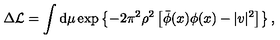
\Delta { \cal L } = \int \mathrm { d } \mu \exp \left\{ - 2 \pi ^ { 2 } \rho ^ { 2 } \left[ \bar { \phi } ( x ) \phi ( x ) - | v | ^ { 2 } \right] \right\} ,